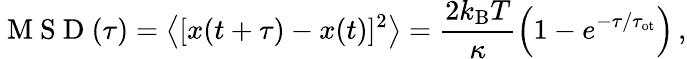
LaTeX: \mathrm{~M~S~D~}(\tau)=\left\langle[x(t+\tau)-x(t)]^{2}\right\rangle=\frac{2k_{\mathrm{B}}T}{\kappa}\left(1-e^{-\tau/\tau_{\mathrm{ot}}}\right)\, ,